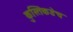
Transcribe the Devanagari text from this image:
कुस्तिकडेच